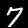
Digit: 7